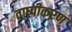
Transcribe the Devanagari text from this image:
वाष्‍पीकरण